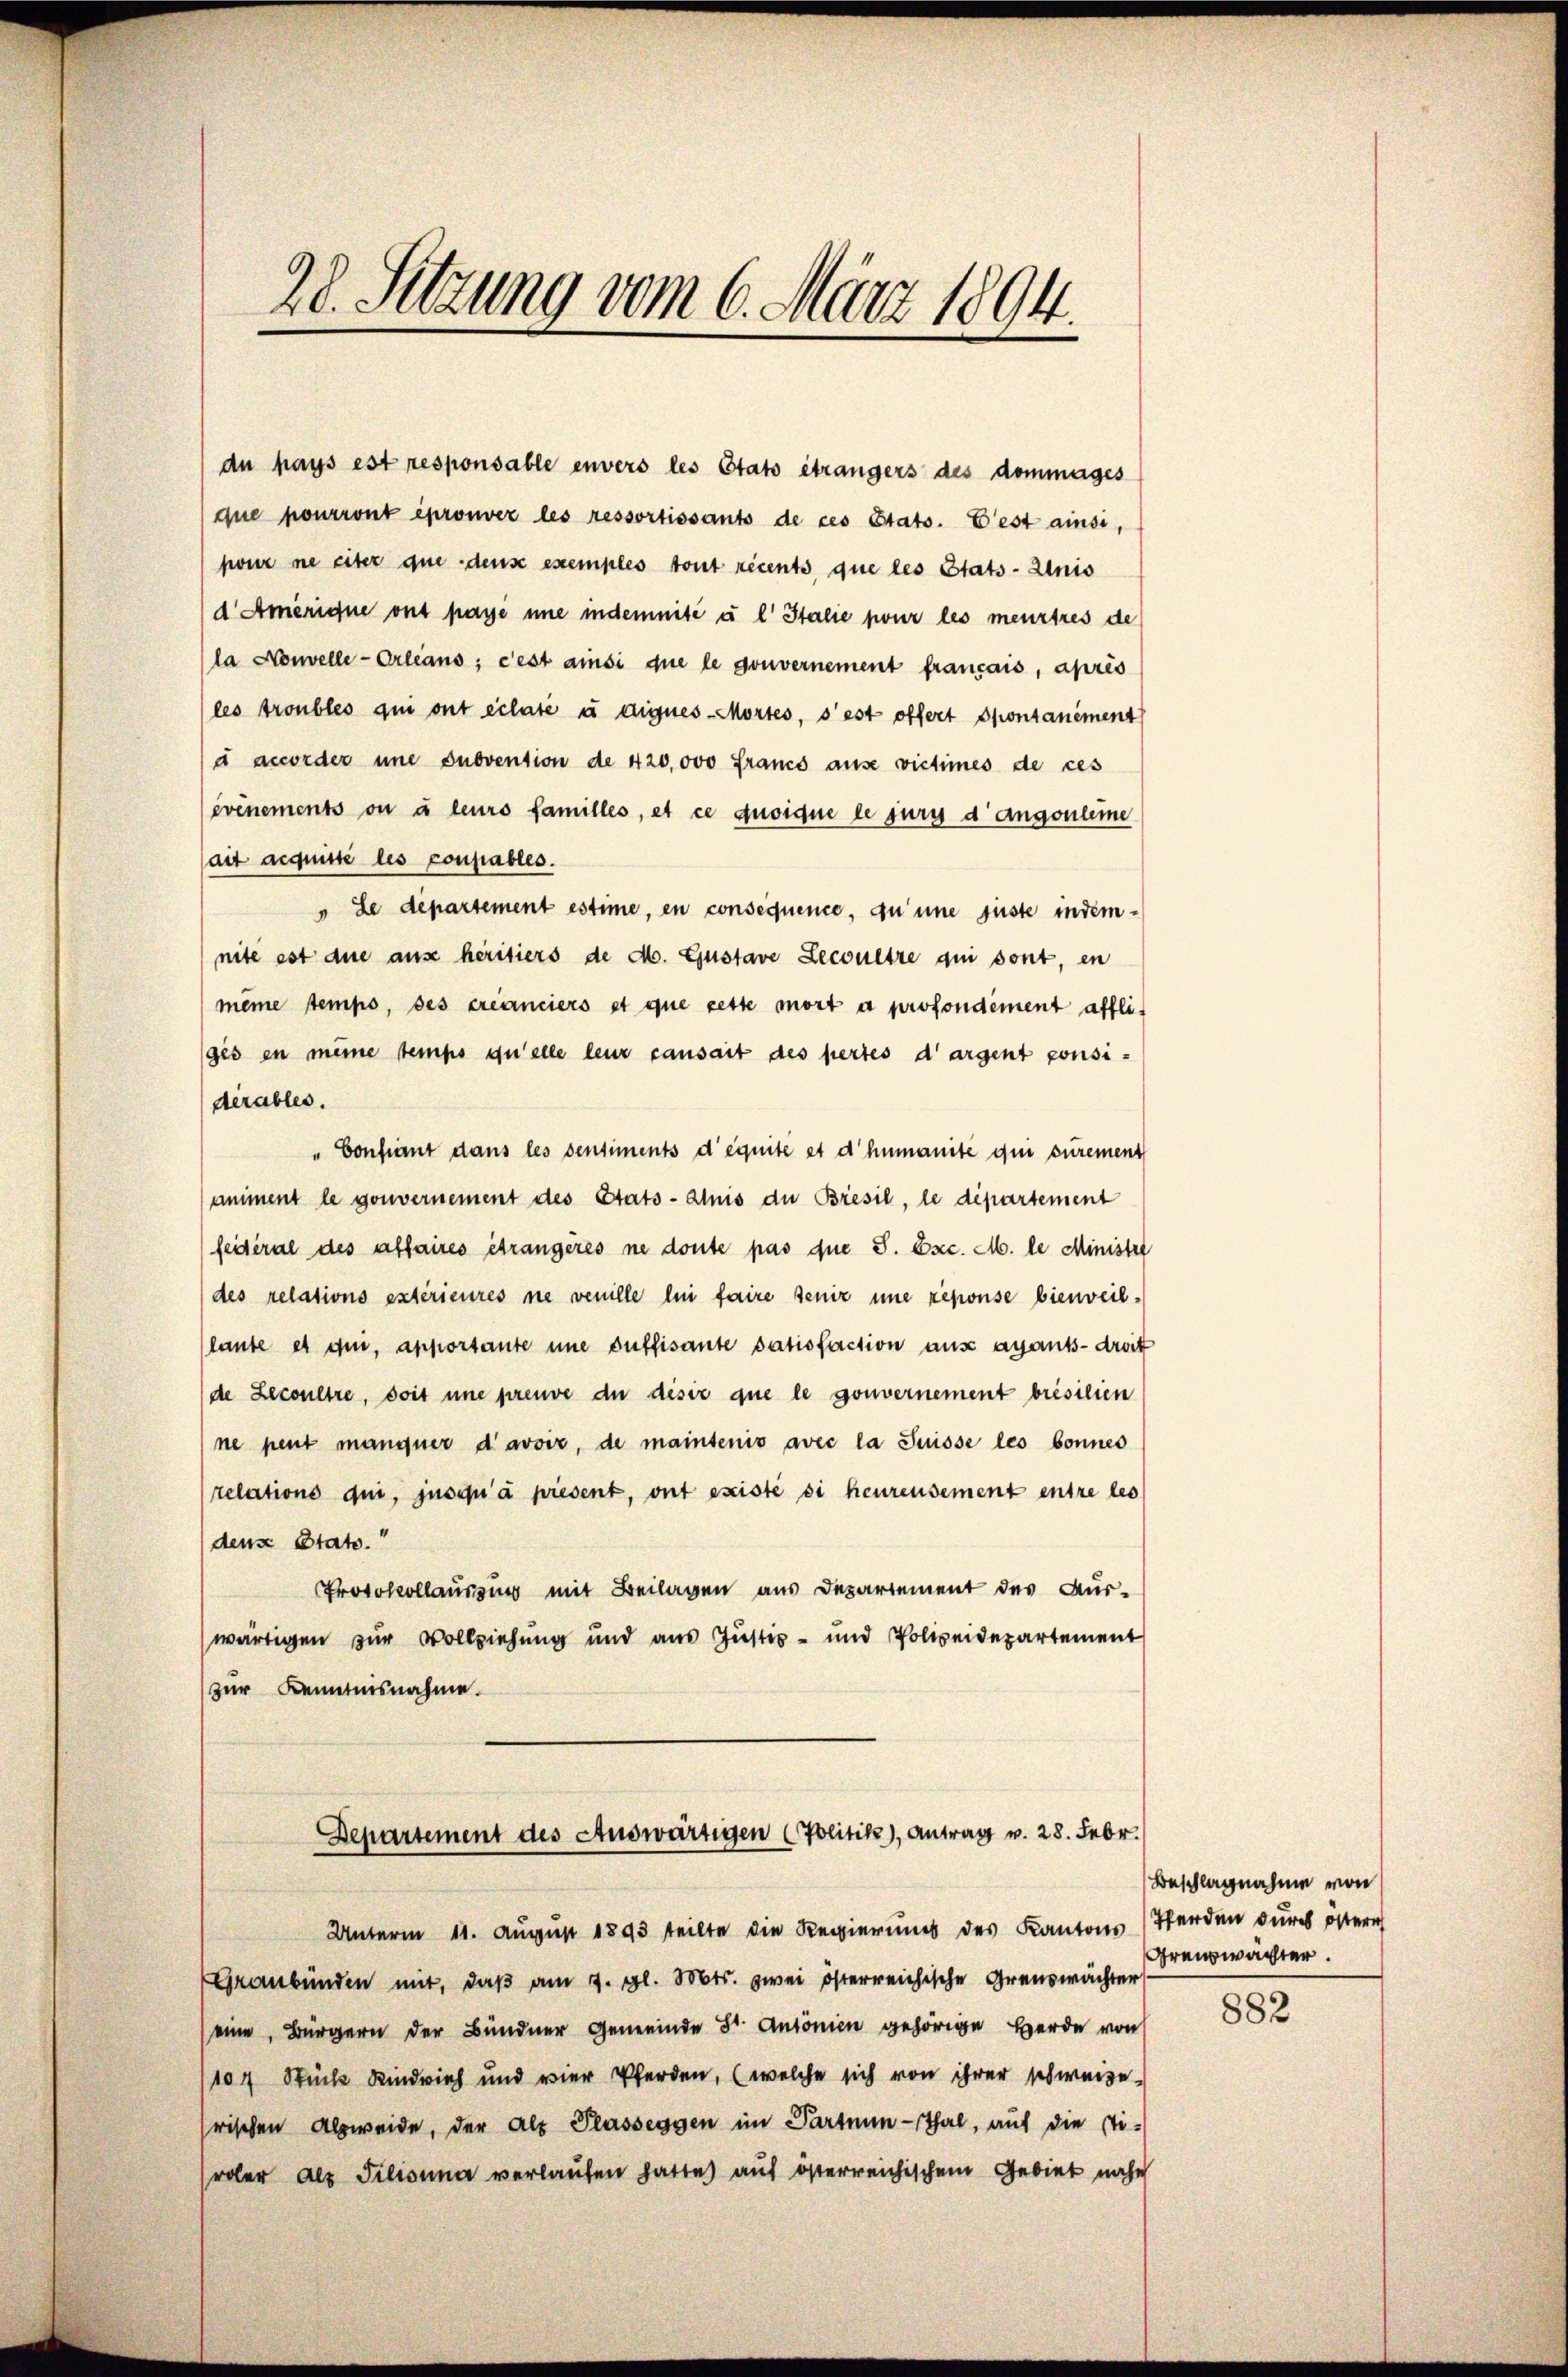
28. Sitzung vom 6. März 1894.

du pays est responsable envers les Etats étrangers des dommages
Aue pourront éprouver les ressortissants de ces Stats. L’est ainsi,
pour ne eiter que dense exemples tout recents que les Etats-Minis
d Amerique ont paye une indemnité à l' Italie pour les meurtres de
la Nouvelle-Orleans; c’est ainsi que le gouvernement français, après
(les troubles qui ont éclaré à digues-Mortes, s’est offert Spontanément
à accorder une subvention de 420,000 Francs ause victimes de ces
événements ou à leurs familles, et ce quoique le suri d’angouleme
sait acquitte les consables.
" Le departement estime, en consequence, qu’une juste indem-
nité est die aus héritiers de M. Gustave Lecoultre qui sont, in
meine temps, des créanciers et que cette mort a profondément affliges en meine temps qu’elle leur causait des pertes dargent consi-
dérables.
" Confernt dans les ventiments d’équité et d’humanité qui surement
animent le gouvernement des Etats-Aluis die Bresil, le département
feiteral des affaires étrangères ne doute pas die S. Exc. M. le Minister
des relations extérieures ne venille lui faire senir une reponse bienweil.
(laute et qui, apportante une suffisante datisfaction aus ayants-droit
de Lecoultre, doit une preuve du disir que le gouvernement brésilien
ne peut manquer davoir, de maintenis avec la Suisse les bonnes
relations qui, jusqu’à present, ont existe si heurensement entre les
dens Stato.“
Protokollaussung mit Beilagen aus Departement des Aus-
wärtigen zur Vollziehung und aus Justiz- und Polizeidepartement
zur Kenntnisnahme.

Departement des Auswärtigen (Politik), Antrag v. 28. Febr.

Unterm 11. August 1893 teilte die Regierung des Kantons (Werden durch östern
Graubünden mit, daß am 7. gl. Mts. zwei österreichische Greuswächter
(eine, Bürgern der Bündner Gemeinde St. Antonien gehörige Herde von
(104 Stück Kindvieh und vier Pferden, (welche sich von ihrer schweize-
rischen Abzweide, der als Glasseggen im Parten-Thal, auf die sti-
roler als Filianna verlaufen hatte) auf österreichischem Gebiet nahe

Beschlagnahme von
Greuzwächter.

882